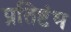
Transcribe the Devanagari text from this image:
प्रतिष्टंभ